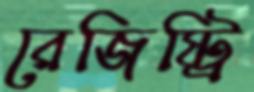
রেজিষ্ট্রি